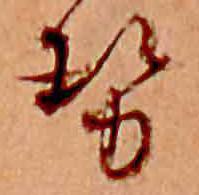
勢